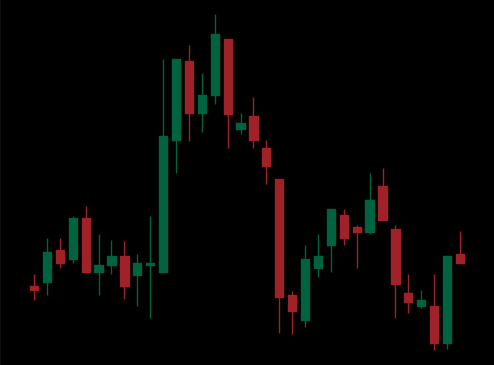
Pattern: head_shoulders